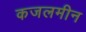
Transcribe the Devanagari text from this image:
कजलमीन